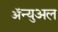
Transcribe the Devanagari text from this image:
ॲन्युअल